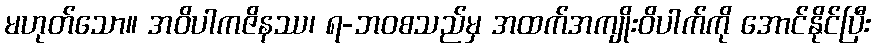
မဟုတ်သော။ အဝိပါကဇိနဿ၊ ရ-ဘဝစသည်မှ အထက်အကျိုးဝိပါက်ကို အောင်နိုင်ပြီး